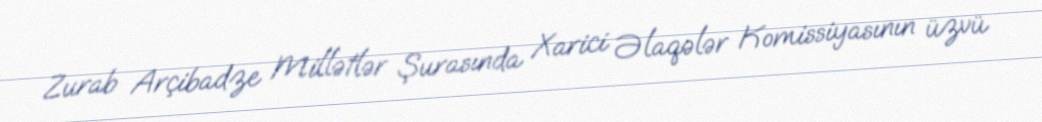
Zurab Arçibadze Millətlər Şurasında Xarici Əlaqələr Komissiyasının üzvü